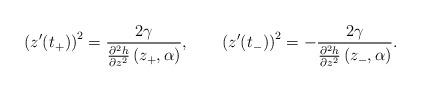
LaTeX: \begin{align*}\left(z'(t_{+})\right)^{2}=\frac{2\gamma}{\frac{\partial^{2}h}{\partial z^{2}}\left(z_{+},\alpha\right)},\qquad\left(z'(t_{-})\right)^{2}=-\frac{2\gamma}{\frac{\partial^{2}h}{\partial z^{2}}\left(z_{-},\alpha\right)}.\end{align*}